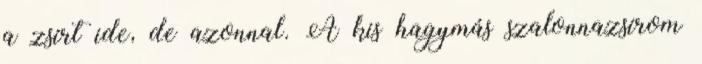
a zsírt ide, de azonnal. A kis hagymás szalonnazsírom